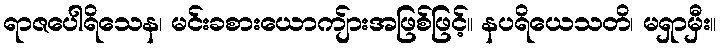
ရာဇပေါရိသေန၊ မင်းခစားယောကျ်ားအဖြစ်ဖြင့်။ နပရိယေသတိ၊ မရှာမှီး။